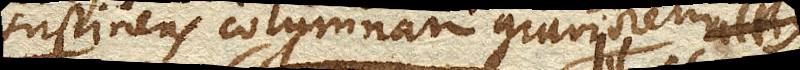
sustinens columnam graviorem altius